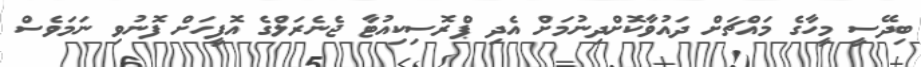
ބިދޭސީ މީހާގެ މައްޗަށް ދައުވާކޮށްދިނުމަށް އެދި ޕްރޮސިކިއުޓާ ޖެނެރަލްގެ އޮފީހަށް ފޮނުވި ނަމަވެސް